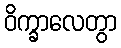
ဝိက္ခာလေတွာ